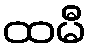
ထမီ